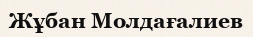
Жұбан Молдағалиев